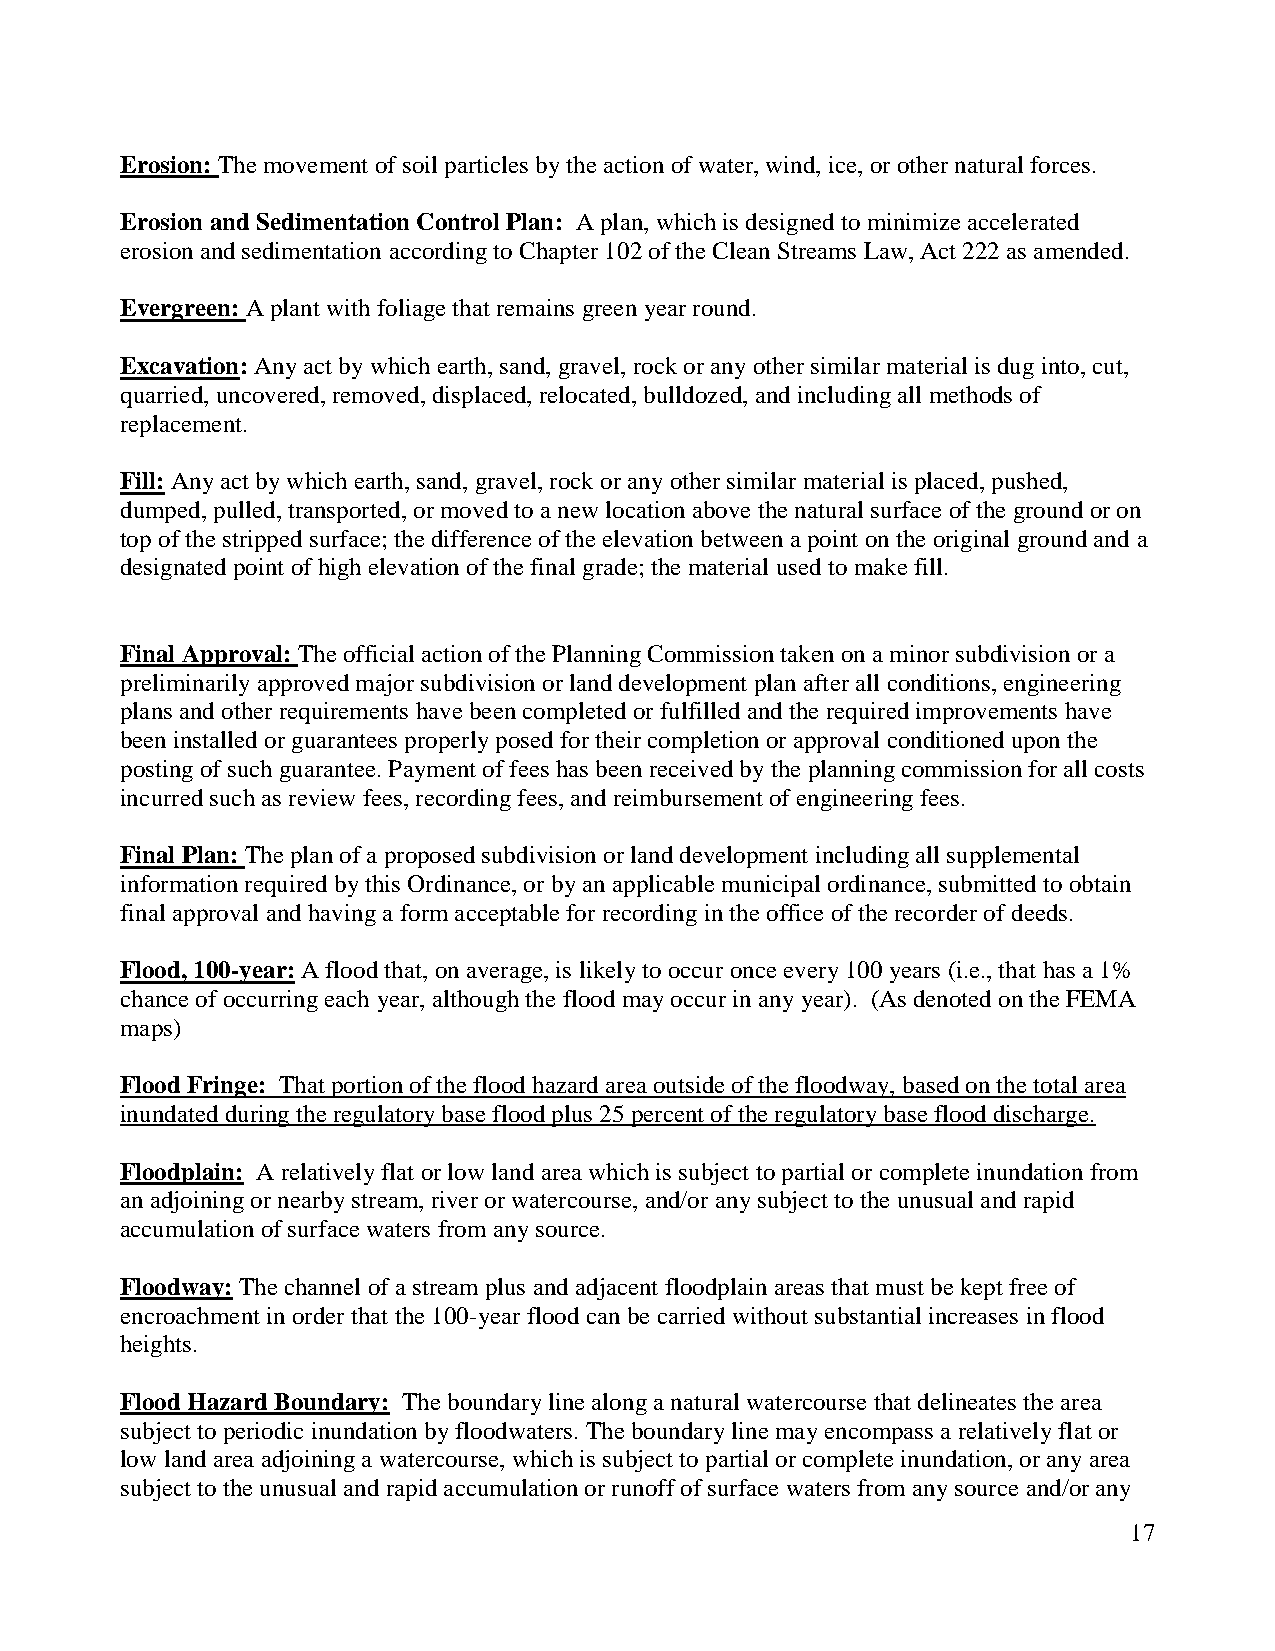
Erosion: The movement of soil particles by the action of water, wind, ice, or other natural forces.
 Erosion and Sedimentation Control Plan: A plan, which is designed to minimize accelerated
 erosion and sedimentation according to Chapter 102 of the Clean Streams Law, Act 222 as amended.
 Evergreen: A plant with foliage that remains green year round.
 Excavation: Any act by which earth, sand, gravel, rock or any other similar material is dug into, cut,
 quarried, uncovered, removed, displaced, relocated, bulldozed, and including all methods of
 replacement.
 Fill: Any act by which earth, sand, gravel, rock or any other similar material is placed, pushed,
 dumped, pulled, transported, or moved to a new location above the natural surface of the ground or on
 top of the stripped surface; the difference of the elevation between a point on the original ground and a
 designated point of high elevation of the final grade; the material used to make fill.
 Final Approval: The official action of the Planning Commission taken on a minor subdivision or a
 preliminarily approved major subdivision or land development plan after all conditions, engineering
 plans and other requirements have been completed or fulfilled and the required improvements have
 been installed or guarantees properly posed for their completion or approval conditioned upon the
 posting of such guarantee. Payment of fees has been received by the planning commission for all costs
 incurred such as review fees, recording fees, and reimbursement of engineering fees.
 Final Plan: The plan of a proposed subdivision or land development including all supplemental
 information required by this Ordinance, or by an applicable municipal ordinance, submitted to obtain
 final approval and having a form acceptable for recording in the office of the recorder of deeds.
 Flood, 100-year: A flood that, on average, is likely to occur once every 100 years (i.e., that has a 1%
 chance of occurring each year, although the flood may occur in any year). (As denoted on the FEMA
 maps)
 Flood Fringe: That portion of the flood hazard area outside of the floodway, based on the total area
 inundated during the regulatory base flood plus 25 percent of the regulatory base flood discharge.
 Floodplain: A relatively flat or low land area which is subject to partial or complete inundation from
 an adjoining or nearby stream, river or watercourse, and/or any subject to the unusual and rapid
 accumulation of surface waters from any source.
 Floodway: The channel of a stream plus and adjacent floodplain areas that must be kept free of
 encroachment in order that the 100-year flood can be carried without substantial increases in flood
 heights.
 Flood Hazard Boundary: The boundary line along a natural watercourse that delineates the area
 subject to periodic inundation by floodwaters. The boundary line may encompass a relatively flat or
 low land area adjoining a watercourse, which is subject to partial or complete inundation, or any area
 subject to the unusual and rapid accumulation or runoff of surface waters from any source and/or any
 17